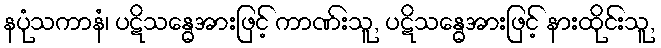
နပုံသကာနံ၊ ပဋိသန္ဓေအားဖြင့် ကာဏ်းသူ, ပဋိသန္ဓေအားဖြင့် နားထိုင်းသူ,